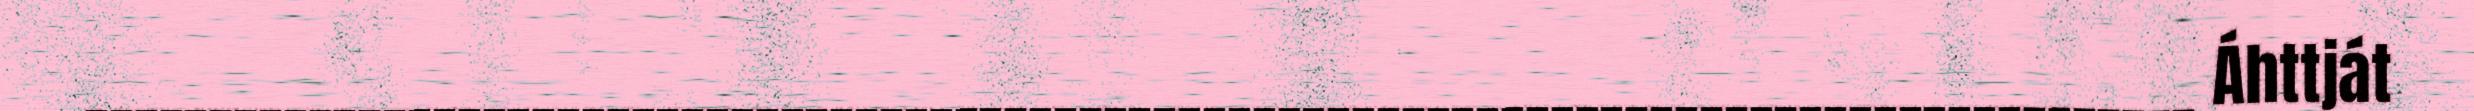
_____________________________________________________________________________________ Áhttját